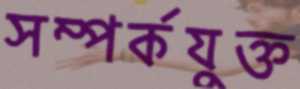
সম্পর্কযুক্ত